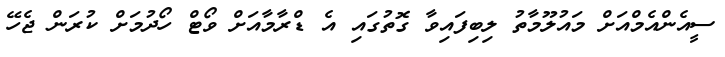
ސީއެންއެމްއަށް މައުލޫމާތު ލިބިފައިވާ ގޮތުގައި އެ ޑްރާމާއަށް ވޯޓް ހޯދުމަށް ކުރަން ޖެހޭ